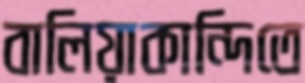
বালিয়াকান্দিতে